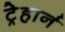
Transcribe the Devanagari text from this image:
ट्रेहार्न